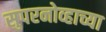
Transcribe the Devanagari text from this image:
सुपरनोव्हाच्या